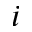
i